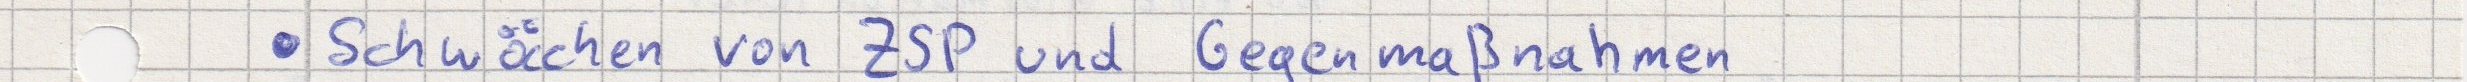
- Schwächen von ZSP und Gegenmaßnahmen